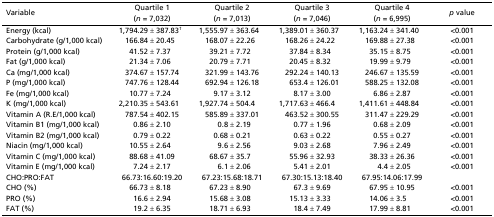
<table><thead><tr><td rowspan="2"><b>Variable</b></td><td><b>Quartile 1</b></td><td><b>Quartile 2</b></td><td><b>Quartile 3</b></td><td><b>Quartile 4</b></td><td rowspan="2"><b><i>p</i> value</b></td></tr><tr><td><b>(<i>n</i> = 7,032)</b></td><td><b>(<i>n</i> = 7,013)</b></td><td><b>(<i>n</i> = 7,046)</b></td><td><b>(<i>n</i> = 6,995)</b></td></tr></thead><tbody><tr><td>Energy (kcal)</td><td>1,794.29 ± 387.83<sup>†</sup></td><td>1,555.97 ± 363.64</td><td>1,389.01 ± 360.37</td><td>1,163.24 ± 341.40</td><td>&lt;0.001</td></tr><tr><td>Carbohydrate (g/1,000 kcal)</td><td>166.84 ± 20.45</td><td>168.07 ± 22.26</td><td>168.26 ± 24.22</td><td>169.88 ± 27.38</td><td>&lt;0.001</td></tr><tr><td>Protein (g/1,000 kcal)</td><td>41.52 ± 7.37</td><td>39.21 ± 7.72</td><td>37.84 ± 8.34</td><td>35.15 ± 8.75</td><td>&lt;0.001</td></tr><tr><td>Fat (g/1,000 kcal)</td><td>21.34 ± 7.06</td><td>20.79 ± 7.71</td><td>20.45 ± 8.32</td><td>19.99 ± 9.79</td><td>&lt;0.001</td></tr><tr><td>Ca (mg/1,000 kcal)</td><td>374.67 ± 157.74</td><td>321.99 ± 143.76</td><td>292.24 ± 140.13</td><td>246.67 ± 135.59</td><td>&lt;0.001</td></tr><tr><td>P (mg/1,000 kcal)</td><td>747.76 ± 128.44</td><td>692.94 ± 126.18</td><td>653.4 ± 126.01</td><td>588.25 ± 132.08</td><td>&lt;0.001</td></tr><tr><td>Fe (mg/1,000 kcal)</td><td>10.77 ± 7.24</td><td>9.17 ± 3.12</td><td>8.17 ± 3.00</td><td>6.86 ± 2.87</td><td>&lt;0.001</td></tr><tr><td>K (mg/1,000 kcal)</td><td>2,210.35 ± 543.61</td><td>1,927.74 ± 504.4</td><td>1,717.63 ± 466.4</td><td>1,411.61 ± 448.84</td><td>&lt;0.001</td></tr><tr><td>Vitamin A (R.E/1,000 kcal)</td><td>787.54 ± 402.15</td><td>585.89 ± 337.01</td><td>463.52 ± 300.55</td><td>311.47 ± 229.29</td><td>&lt;0.001</td></tr><tr><td>Vitamin B1 (mg/1,000 kcal)</td><td>0.86 ± 2.10</td><td>0.8 ± 2.19</td><td>0.77 ± 1.96</td><td>0.68 ± 2.09</td><td>&lt;0.001</td></tr><tr><td>Vitamin B2 (mg/1,000 kcal)</td><td>0.79 ± 0.22</td><td>0.68 ± 0.21</td><td>0.63 ± 0.22</td><td>0.55 ± 0.27</td><td>&lt;0.001</td></tr><tr><td>Niacin (mg/1,000 kcal)</td><td>10.55 ± 2.64</td><td>9.6 ± 2.56</td><td>9.03 ± 2.68</td><td>7.96 ± 2.49</td><td>&lt;0.001</td></tr><tr><td>Vitamin C (mg/1,000 kcal)</td><td>88.68 ± 41.09</td><td>68.67 ± 35.7</td><td>55.96 ± 32.93</td><td>38.33 ± 26.36</td><td>&lt;0.001</td></tr><tr><td>Vitamin E (mg/1,000 kcal)</td><td>7.24 ± 2.17</td><td>6.1 ± 2.06</td><td>5.41 ± 2.01</td><td>4.4 ± 2.05</td><td>&lt;0.001</td></tr><tr><td>CHO:PRO:FAT</td><td>66.73:16.60:19.20</td><td>67.23:15.68:18.71</td><td>67.30:15.13:18.40</td><td>67.95:14.06:17.99</td><td></td></tr><tr><td>CHO (%)</td><td>66.73 ± 8.18</td><td>67.23 ± 8.90</td><td>67.3 ± 9.69</td><td>67.95 ± 10.95</td><td>&lt;0.001</td></tr><tr><td>PRO (%)</td><td>16.6 ± 2.94</td><td>15.68 ± 3.08</td><td>15.13 ± 3.33</td><td>14.06 ± 3.5</td><td>&lt;0.001</td></tr><tr><td>FAT (%)</td><td>19.2 ± 6.35</td><td>18.71 ± 6.93</td><td>18.4 ± 7.49</td><td>17.99 ± 8.81</td><td>&lt;0.001</td></tr></tbody></table>